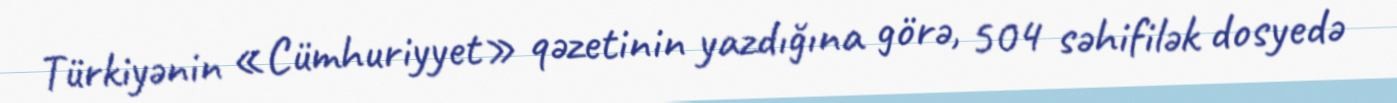
Türkiyənin «Cümhuriyyet» qəzetinin yazdığına görə, 504 səhifilək dosyedə